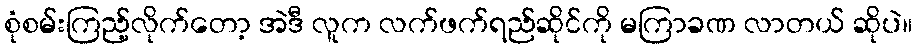
စုံစမ်းကြည့်လိုက်တော့ အဲဒီ လူက လက်ဖက်ရည်ဆိုင်ကို မကြာခဏ လာတယ် ဆိုပဲ။